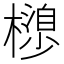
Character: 𣜮